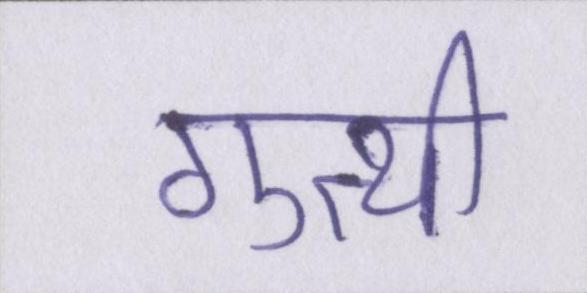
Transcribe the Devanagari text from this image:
गुत्थी